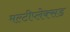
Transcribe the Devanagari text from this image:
मल्टीप्लेक्सड